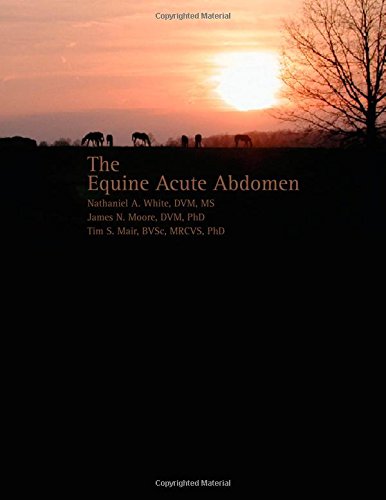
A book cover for The Equine Acute Abdomen, 2nd Edition; Nathaniel A. White; Medical Books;